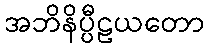
အဘိနိပ္ပီဠယတော